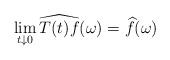
\begin{align*}\lim_{t \downarrow 0} \widehat{T(t)f}(\omega) = \widehat{f}(\omega)\end{align*}